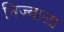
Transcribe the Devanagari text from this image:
निज्वाळा